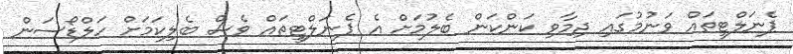
ޕެނަލްޓީތައް ވަނުމުގައި ދިމާވި ކަންކަން ބެލުމަށް އެ ޕެނަލްޓީތައް ވެސް ބެލިކަމަށް ހަލްޑޯސަން